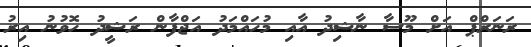
ރަނަރްޕް އަށް މޫސާ ނާޝިދު އާއި މުހައްމަދު އަޖްފާން ރަޝީދު ހޮވުނު އިރު